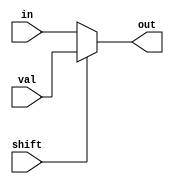
module LSHIFT1 #(parameter SIZE = 1)(input in, shift, val, output reg out);
always @ (in, shift, val) begin
    if(shift)
	    out = val;
	else 
	    out = in;
end
endmodule